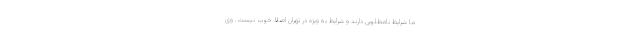
ما شرایط نامطلوبی دارند و شرایط به ویژه در تهران اصلا خوب نیست. وی